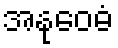
အနုဝေဓံ